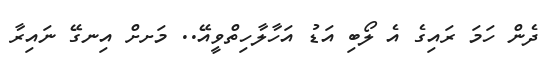
ދެން ހަމަ ރައިގެ އެ ލޯބި އަޑު އަހާލާހިތްވީއޭ.. މަށށް އިނގޭ ނައިރާ